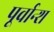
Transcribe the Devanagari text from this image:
पूर्वान्श